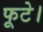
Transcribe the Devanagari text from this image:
फूटे।